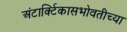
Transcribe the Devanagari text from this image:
अंटार्क्टिकासभोवतीच्या